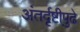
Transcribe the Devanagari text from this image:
अंतर्दृष्टीपुढे